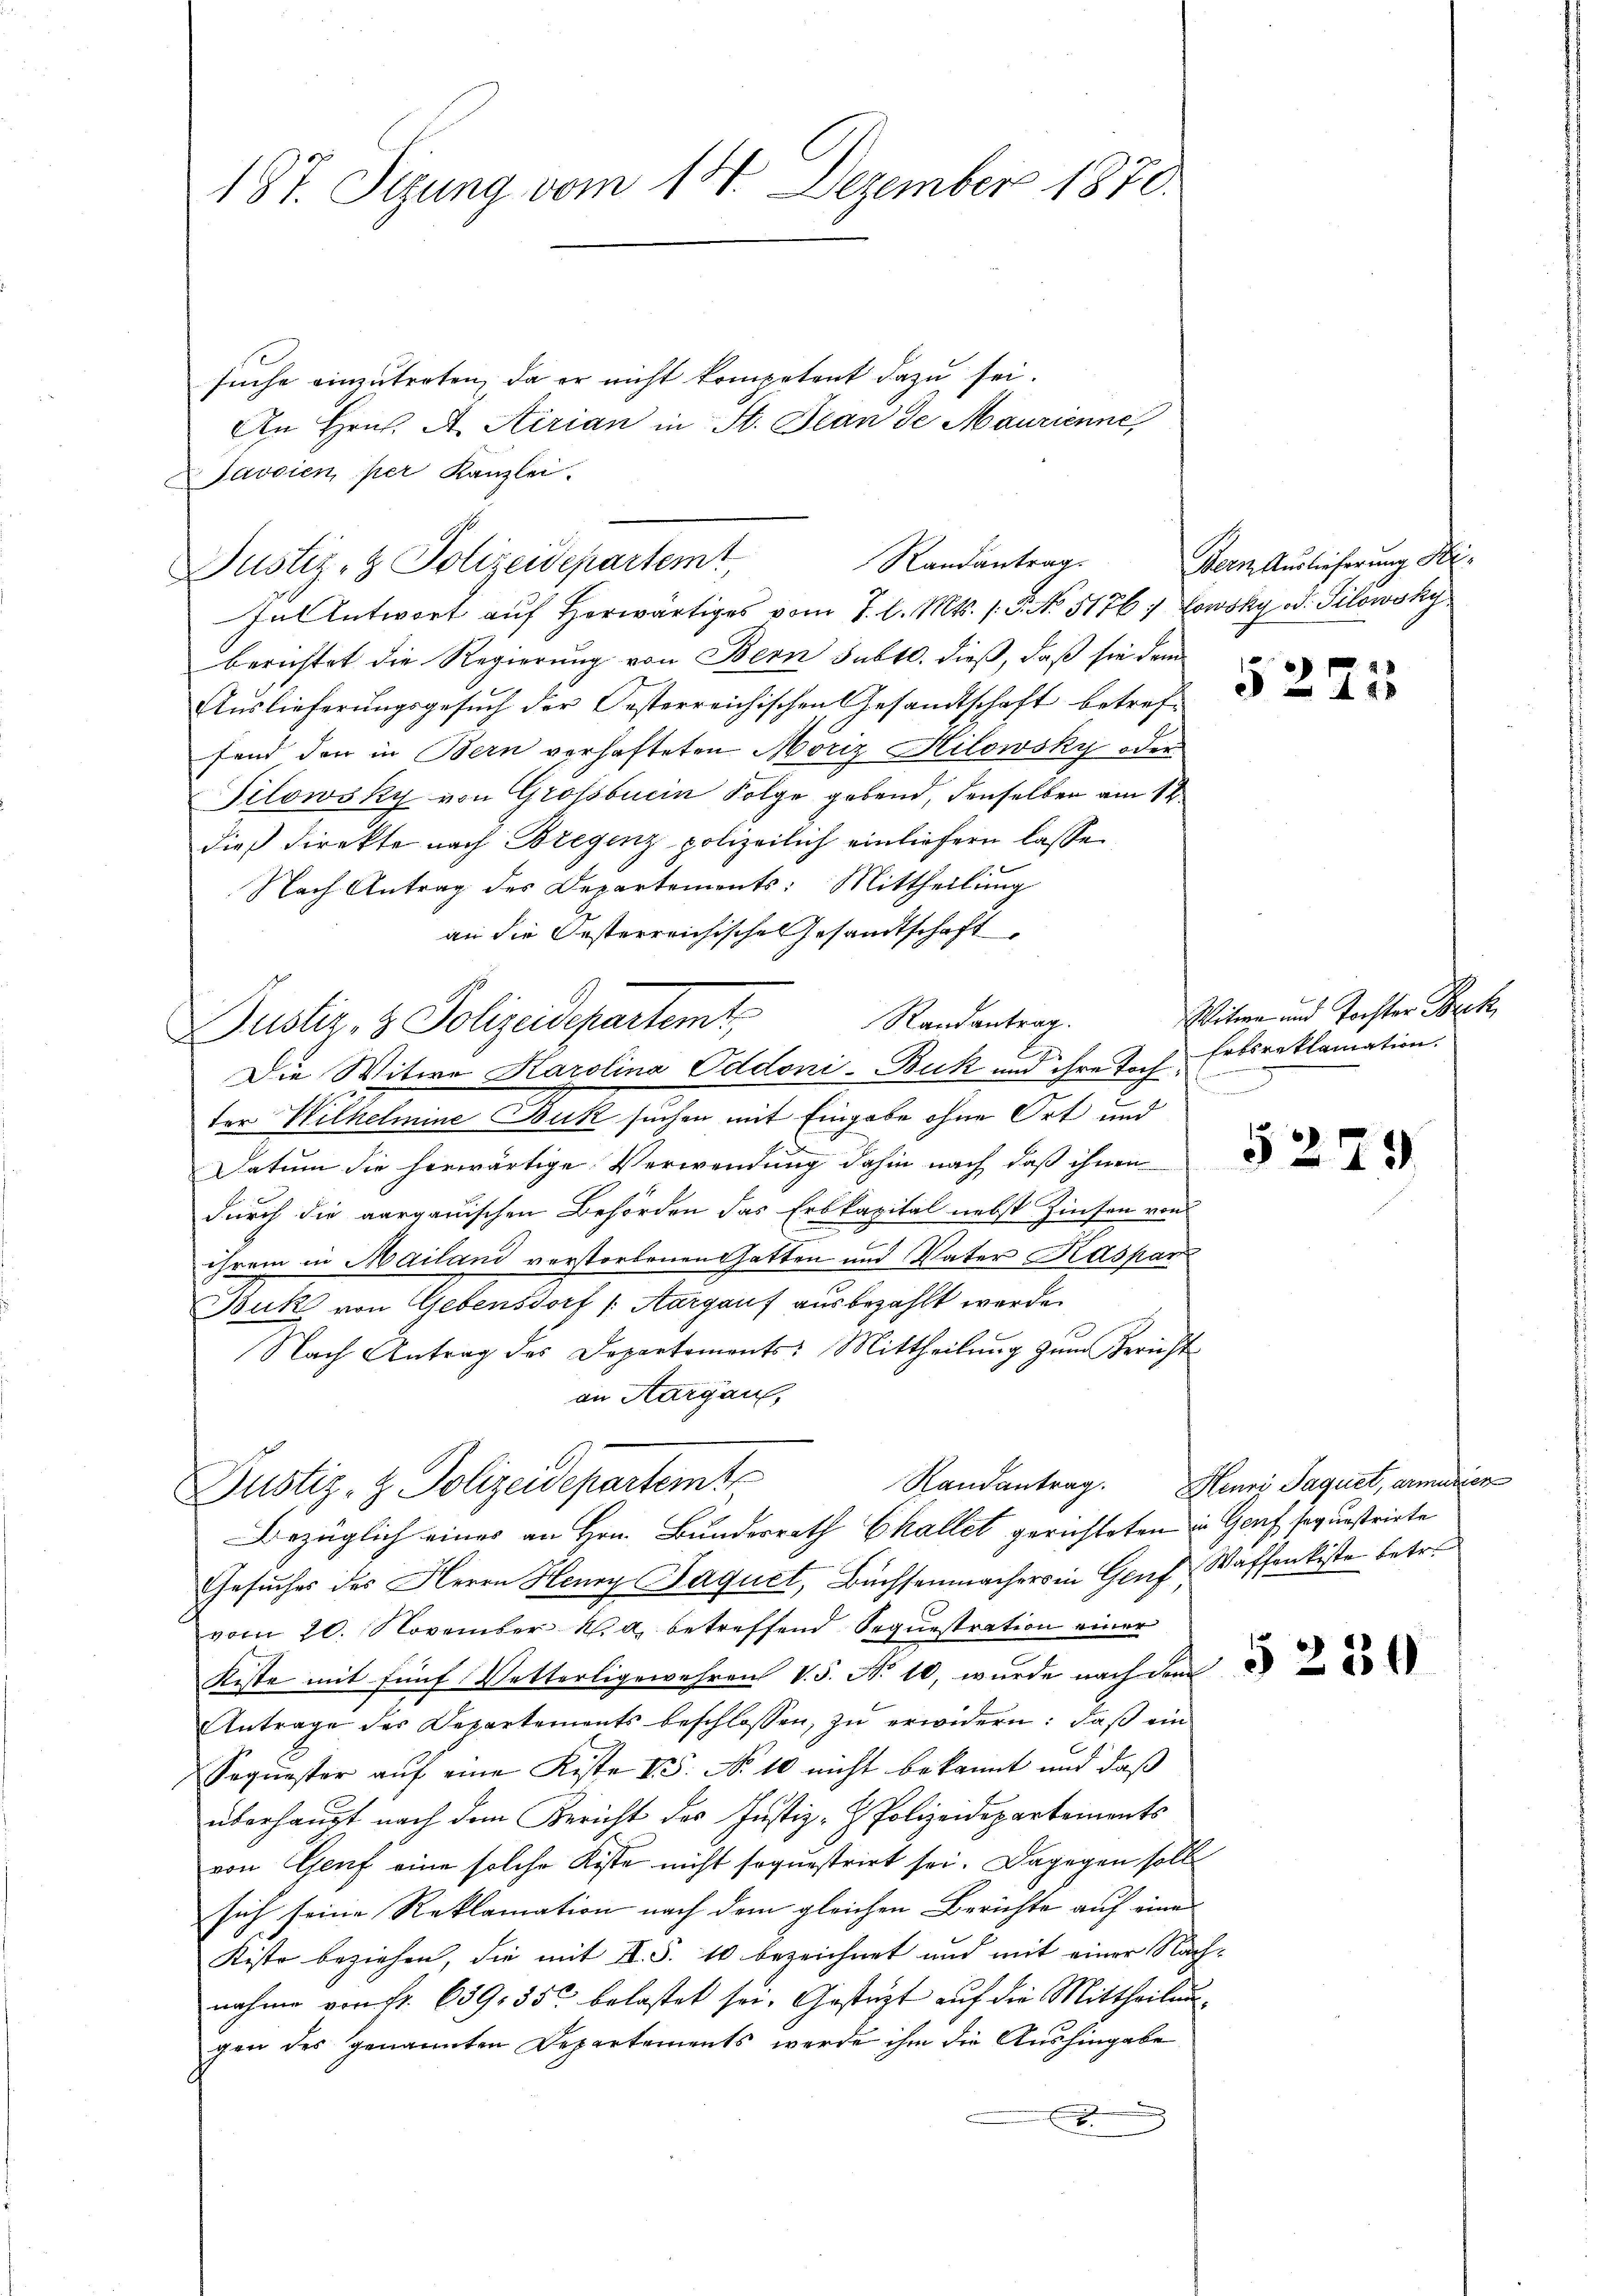
187. Sizung vom 18. Dezember 1870.

suche einzutreten, da er nicht kompetent dazu sei.
An Hrn. A. Airian in St. Jean de Maurienne
Javaien per Kanzlei.
hal entwort auf herwärtiges vom 7. d. Mts. 1. P. No. 5176: Lowsky od. Silowsky
berichtet die Regierung von Bern subtl. dieß, daß sie dem
Auslieferungsgesuch der Oesterreichischen Gesandtschaft betreffend der in Bern vorhafteten Möriz Hilowsky oder
Silowsky von Grossburin Folge gebend, denselben am 1ten
dieß direkte nach Bregenz polizeilich einliefern lasse
Nach Antrag des Departements: Mittheilung
an die Oesterreichische Gesandtschaft,
Justiz- & Polizeidepartemt Randantrag.
Die Witwe Karolina Oddoni-Buk und ihre Fach Erbsreklamation.
ter Wilhelmine Buk suchen mit Eingabe ohne Ort und
Datum die herwärtige Verwendung dahin nach daß ihnen
durch die aargauischen Behörden das Erbkapital nebst Zinsen von
.
ihrem in Mailand verstorbenen Gatten und Vater Kaspar
Buk von Gebensdorf /: Aargauf ausbezahlt werde.
Nach Antrag des Departements: Mittheilung zum Bericht
on Aargau,
Randantrag.
Justiz- & Polizeidepartemt
Bezüglich eines an Hrn. Bundesrath Challet gerichteten in Genf sequestriete
Gesuches des Herrn Henry Jaquet, Buchsenmachers in Genf, Waffenkiste betr.
vom 20. November v. a. betreffend Sequestration einer
Kiste mit fünf Vetterligewehren V. 5. No 10, wurde nach dem
Antrage der Departements beschlossen, zu erwidern: daß ein
Sequester auf eine Kiste 2. No 10 nicht bekannt und daß
überhaupt nach dem Bericht des Justiz-Polizeidepartements
von Genf eine solche Kisse nicht sequestrirt sei. Dagegen soll
sich seine Reklamation nach dem gleichen Berichte auf eine
Kiste beziehen, die mit II. S. 10 bezeichnet und mit einer Nachnahme von fr. 659, 350 belastet sei. Gestüzt auf die Mittheilengen des genannten Departements werde ihm die Aushingabe
x

Randantrag.
Justiz- & Polizeidepartemt

Bern Auslieferung Hr.

5225

Witwen und Tochter Beck
n

§279

2

Heuri Paquet, armerier

§ 234